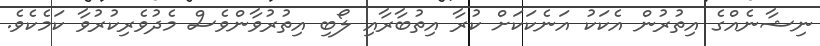
ނިޝާނެއްގެ އިތުރުން އެކަކު އަނެކަކަށް ކުރާ އިތުބާރާއި ލޯބި އިތުރުވާންވެސް މެދުވެރިކުރުވާ ކަމެކެވެ.